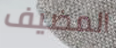
المضيف